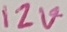
Text: 12V